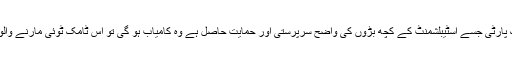
دوسری طرف بتایا جاتا تھا کہ ایک پارٹی جسے اسٹیبلشمنٹ کے کچھ بڑوں کی واضح سرپرستی اور حمایت حاصل ہے وہ کامیاب ہو گی تو اس ٹامک ٹوئی مارنے والوں کو ایماندار اور سچا کہا جاتا تھا۔